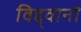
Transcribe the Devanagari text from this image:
विद्द्वानों